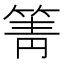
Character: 箐